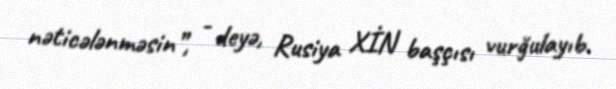
nəticələnməsin”, - deyə, Rusiya XİN başçısı vurğulayıb.